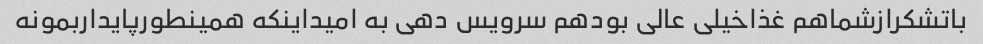
باتشکرازشماهم غذاخیلی عالی بودهم سرویس دهی به امیداینکه همینطورپایداربمونه